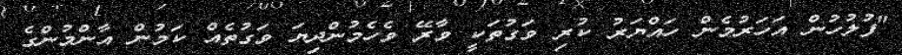
"ފުލުހުން އަހަރުމެން ހައްޔަރު ކުރި ވަގުތަކީ ވާރޭ ވެހެމުންދިޔަ ވަގުތެއް ކަމުން އާންމުންގެ